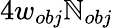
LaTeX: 4w_{obj}\mathbb{N}_{obj}